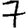
Digit: 7